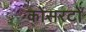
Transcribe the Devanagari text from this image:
कोंसरटों